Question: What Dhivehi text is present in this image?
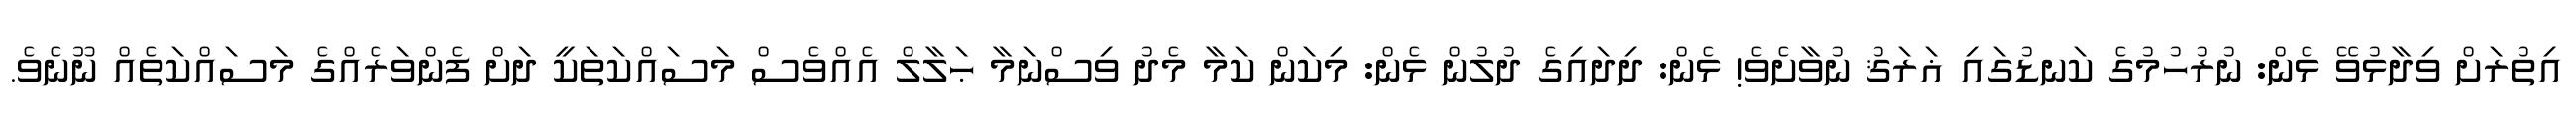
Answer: އިތުރަށް ވިދާޅުވޭ ޅެން: ނުރުހުމުގެ ކަނޑުގައި ޣަރަޤު ނުވާށެވެ! ޅެން: ދިދައިގެ ދުލުން ޅެން: މިކަން ކަމާ މެދު ވިސްނަމާ ޙަލާލް އެއްވެސް މަސައްކަތަކީ ދަށް ފެންވަރެއްގެ މަސައްކަތެއް ނޫނެވެ.